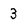
Character: 3